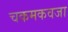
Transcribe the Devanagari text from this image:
चकमकवजा